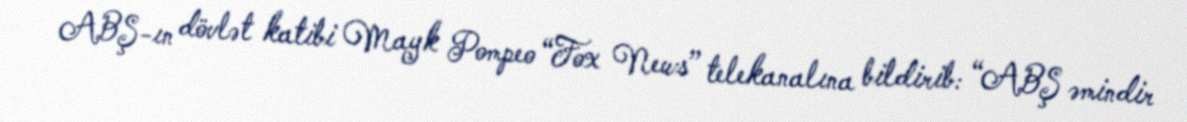
ABŞ-ın dövlət katibi Mayk Pompeo “Fox News” telekanalına bildirib: “ABŞ əmindir